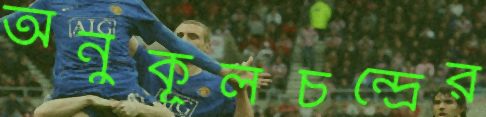
অনুকূলচন্দ্রের